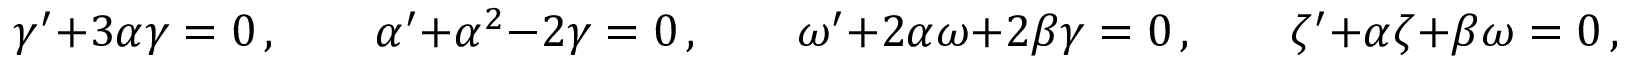
\gamma ^ { \prime } + 3 \alpha \gamma = 0 \, , \qquad \alpha ^ { \prime } + \alpha ^ { 2 } - 2 \gamma = 0 \, , \qquad \omega ^ { \prime } + 2 \alpha \omega + 2 \beta \gamma = 0 \, , \qquad \zeta ^ { \prime } + \alpha \zeta + \beta \omega = 0 \, , \qquad \beta ^ { \prime } + \alpha \beta - \omega = 0 \, ,